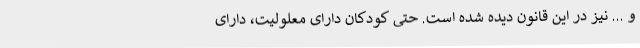
و ... نیز در این قانون دیده شده است. حتی کودکان دارای معلولیت، دارای